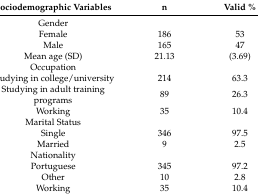
<table><thead><tr><td><b>Sociodemographic Variables</b></td><td><b>n</b></td><td><b>Valid %</b></td></tr></thead><tbody><tr><td>Gender</td><td></td><td></td></tr><tr><td>Female</td><td>186</td><td>53</td></tr><tr><td>Male</td><td>165</td><td>47</td></tr><tr><td>Mean age (SD)</td><td>21.13</td><td>(3.69)</td></tr><tr><td>Occupation</td><td></td><td></td></tr><tr><td>Studying in college/university</td><td>214</td><td>63.3</td></tr><tr><td>Studying in adult training programs</td><td>89</td><td>26.3</td></tr><tr><td>Working</td><td>35</td><td>10.4</td></tr><tr><td>Marital Status</td><td></td><td></td></tr><tr><td>Single</td><td>346</td><td>97.5</td></tr><tr><td>Married</td><td>9</td><td>2.5</td></tr><tr><td>Nationality</td><td></td><td></td></tr><tr><td>Portuguese</td><td>345</td><td>97.2</td></tr><tr><td>Other</td><td>10</td><td>2.8</td></tr><tr><td>Working</td><td>35</td><td>10.4</td></tr></tbody></table>